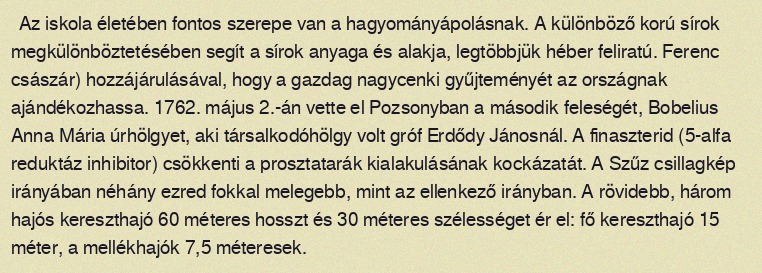
Az iskola életében fontos szerepe van a hagyományápolásnak. A különböző korú sírok megkülönböztetésében segít a sírok anyaga és alakja, legtöbbjük héber feliratú. Ferenc császár) hozzájárulásával, hogy a gazdag nagycenki gyűjteményét az országnak ajándékozhassa. 1762. május 2.-án vette el Pozsonyban a második feleségét, Bobelius Anna Mária úrhölgyet, aki társalkodóhölgy volt gróf Erdődy Jánosnál. A finaszterid (5-alfa reduktáz inhibitor) csökkenti a prosztatarák kialakulásának kockázatát. A Szűz csillagkép irányában néhány ezred fokkal melegebb, mint az ellenkező irányban. A rövidebb, három hajós kereszthajó 60 méteres hosszt és 30 méteres szélességet ér el: fő kereszthajó 15 méter, a mellékhajók 7,5 méteresek.